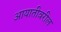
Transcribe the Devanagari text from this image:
आयातीवरील